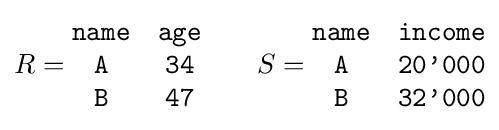
R={\begin{matrix}{\texttt {name}}&{\texttt {age}}\\{\texttt {A}}&{\texttt {34}}\\{\texttt {B}}&{\texttt {47}}\\\end{matrix}}\qquad S={\begin{matrix}{\texttt {name}}&{\texttt {income}}\\{\texttt {A}}&{\texttt {20'000}}\\{\texttt {B}}&{\texttt {32'000}}\\\end{matrix}}